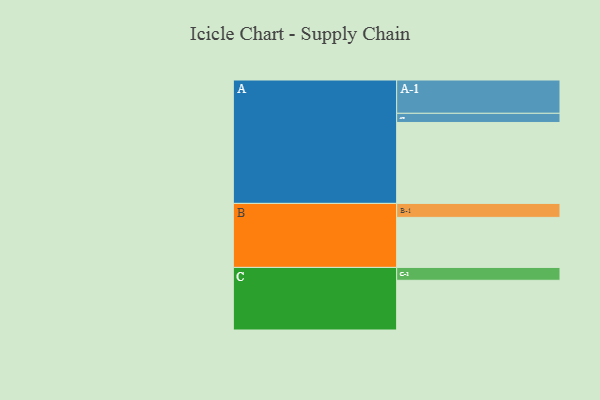
{"axis": {"x": "Segment", "y": "Value"}, "legend": ["", "A", "B", "C"], "data": [{"x": "A", "y": 503, "type": ""}, {"x": "B", "y": 311, "type": ""}, {"x": "C", "y": 309, "type": ""}, {"x": "A-1", "y": 207, "type": "A"}, {"x": "A-2", "y": 57, "type": "A"}, {"x": "B-1", "y": 87, "type": "B"}, {"x": "C-1", "y": 80, "type": "C"}]}